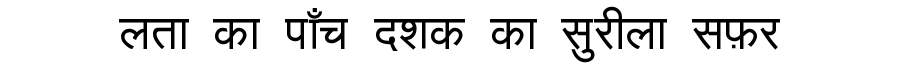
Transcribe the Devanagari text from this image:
लता का पाँच दशक का सुरीला सफ़र